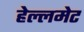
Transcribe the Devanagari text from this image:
हेल्लमेट